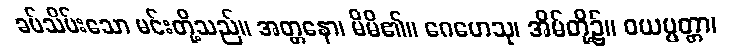
ခပ်သိမ်းသော မင်းတို့သည်။ အတ္တနော၊ မိမိ၏။ ဂေဟေသု၊ အိမ်တို့၌။ ဝယပ္ပတ္တာ၊